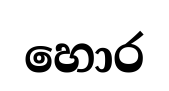
හොර